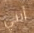
أنني